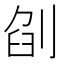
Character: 𠜼